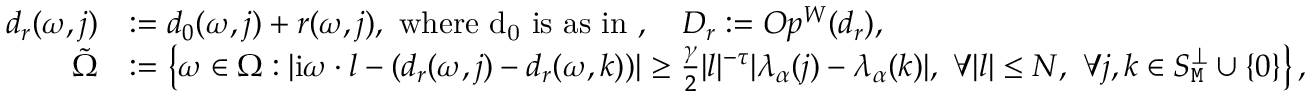
\begin{array} { r l } { d _ { r } ( \omega , j ) } & { : = d _ { 0 } ( \omega , j ) + r ( \omega , j ) , \mathrm { ~ w h e r e ~ d _ 0 ~ i s ~ a s ~ i n ~ } , \quad D _ { r } : = O p ^ { W } ( d _ { r } ) , } \\ { \tilde { \Omega } } & { : = \left\{ \omega \in \Omega : | \mathrm { i } \omega \cdot l - ( d _ { r } ( \omega , j ) - d _ { r } ( \omega , k ) ) | \ge \frac { \gamma } { 2 } | l | ^ { - \tau } | \lambda _ { \alpha } ( j ) - \lambda _ { \alpha } ( k ) | , \ \forall | l | \le N , \ \forall j , k \in S _ { \mathtt { M } } ^ { \perp } \cup \left\{ 0 \right\} \right\} , } \end{array}